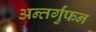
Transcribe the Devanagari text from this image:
अन्तर्गुंफन